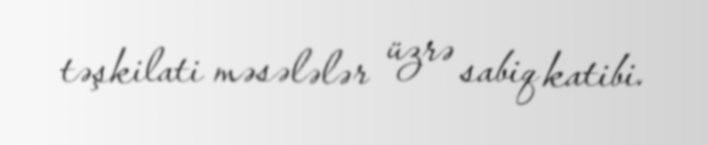
təşkilati məsələlər üzrə sabiq katibi.